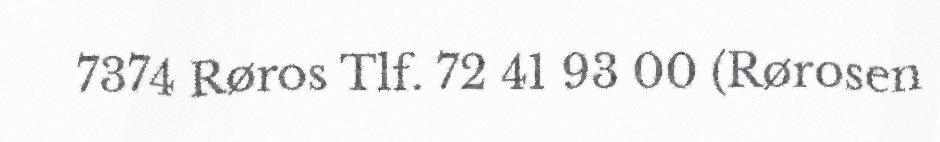
7374 Røros Tlf. 72 41 93 00 (Rørosen